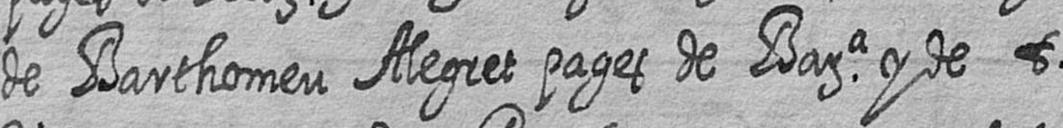
de Barthomeu Alegret pages de Bara y de t